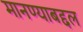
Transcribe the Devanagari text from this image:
मानण्याबद्दल